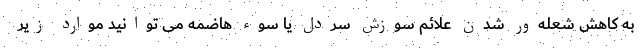
به کاهش شعله‌ور شدن علائم سوزش سردل یا سوء هاضمه می توانید موارد زیر